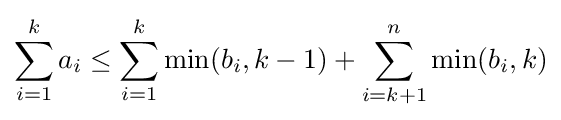
\sum _{i=1}^{k}a_{i}\leq \sum _{i=1}^{k}\min(b_{i},k-1)+\sum _{i=k+1}^{n}\min(b_{i},k)